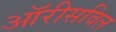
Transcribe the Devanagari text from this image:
ऑरीसविल